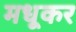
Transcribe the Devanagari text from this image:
मधूकर